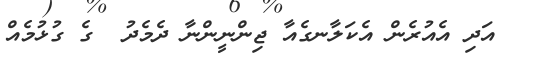
އަދި އެއުރެން އެކަލާނގެއާ ޖިންނީންނާ ދެމެދު  ގެ ގުޅުމެއް